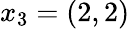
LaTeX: x_{3}=(2,2)